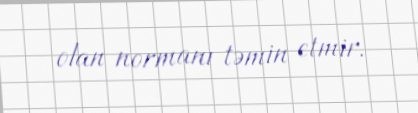
olan normanı təmin etmir.